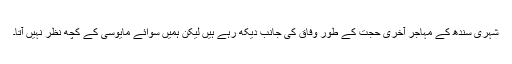
شہری سندھ کے مہاجر آخری حجت کے طور وفاق کی جانب دیکھ رہے ہیں لیکن ہمیں سوائے مایوسی کے کچھ نظر نہیں آتا۔